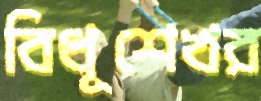
বিধূশেখর